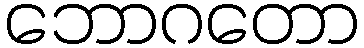
ဘောဂတော